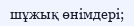
шұжық өнімдері;